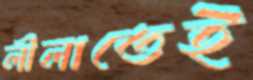
লীলাতেই